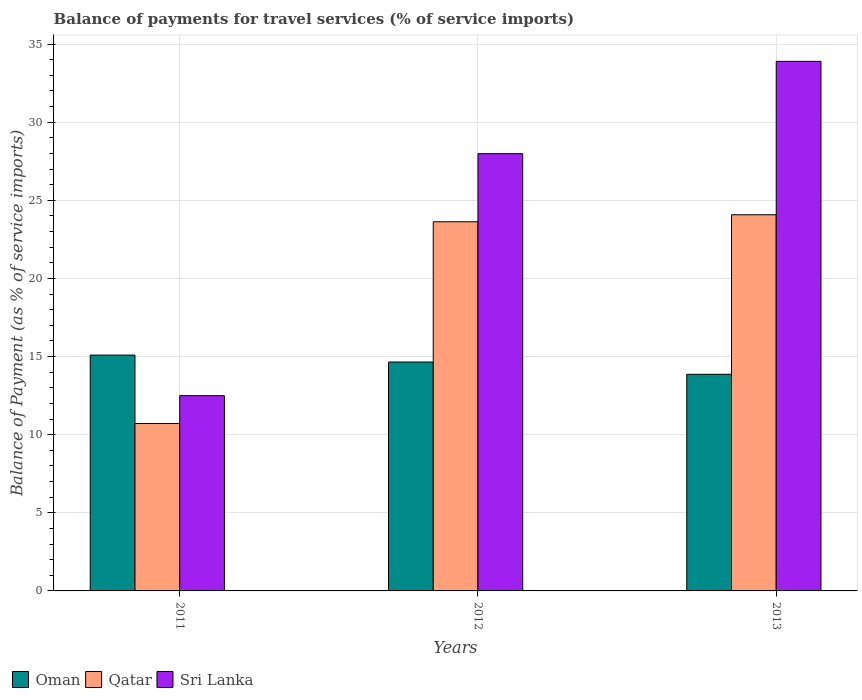
| Years | Oman | Qatar | Sri Lanka |
 | --- | --- | --- | --- |
 | 2011 | 15.1 | 10.7 | 12.5 |
 | 2012 | 14.7 | 23.6 | 28 |
 | 2013 | 13.9 | 24.1 | 33.9 |